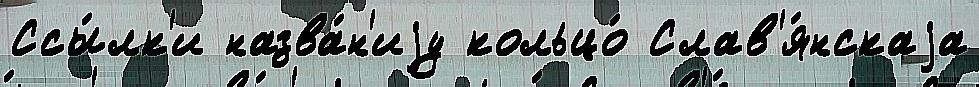
Ссы́лк'и назва́н'иjу кольцо́ Слав'я́нскаjа